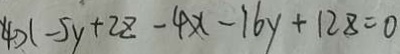
4 x - 5 y + 2 z - 4 x - 1 6 y + 1 2 8 = 0